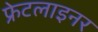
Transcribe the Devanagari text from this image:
फ्रेटलाइनर